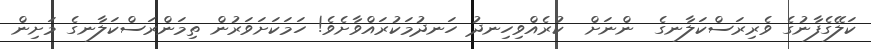
ކަލޭގެފާނުގެ ވެރިރަސްކަލާނގެ  ންނަށް  ކުރެއްވިހިނދު ހަނދުމަކުރައްވާށެވެ! ހަމަކަށަވަރުން ތިމަންރަސްކަލާނގެ މަށިން